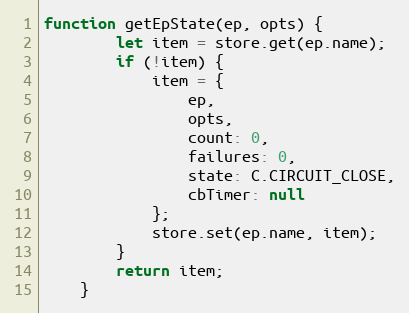
Language: JavaScript
function getEpState(ep, opts) {
		let item = store.get(ep.name);
		if (!item) {
			item = {
				ep,
				opts,
				count: 0,
				failures: 0,
				state: C.CIRCUIT_CLOSE,
				cbTimer: null
			};
			store.set(ep.name, item);
		}
		return item;
	}